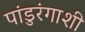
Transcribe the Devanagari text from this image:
पांडुरंगाशी